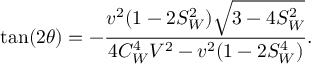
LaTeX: \tan ( 2 \theta ) = - \frac { v ^ { 2 } ( 1 - 2 S _ { W } ^ { 2 } ) \sqrt { 3 - 4 S _ { W } ^ { 2 } } } { 4 C _ { W } ^ { 4 } V ^ { 2 } - v ^ { 2 } ( 1 - 2 S _ { W } ^ { 4 } ) } .